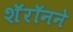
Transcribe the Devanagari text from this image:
शॅरॉनने